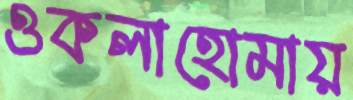
ওকলাহোমায়